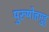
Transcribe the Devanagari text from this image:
पुरुषोत्तमुडु